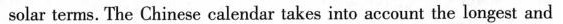
solar terms. The Chinese calendar takes into account the longest and